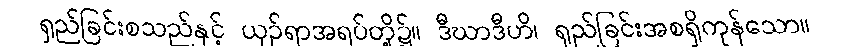
ရှည်ခြင်းစသည်နှင့် ယှဉ်ရာအရပ်တို့၌။ ဒီဃာဒီဟိ၊ ရှည်ခြင်းအစရှိကုန်သော။